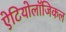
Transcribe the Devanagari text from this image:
ऐटियोलॉजिकल